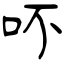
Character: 吥